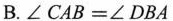
B.$$\angle CAB=\angle DBA$$